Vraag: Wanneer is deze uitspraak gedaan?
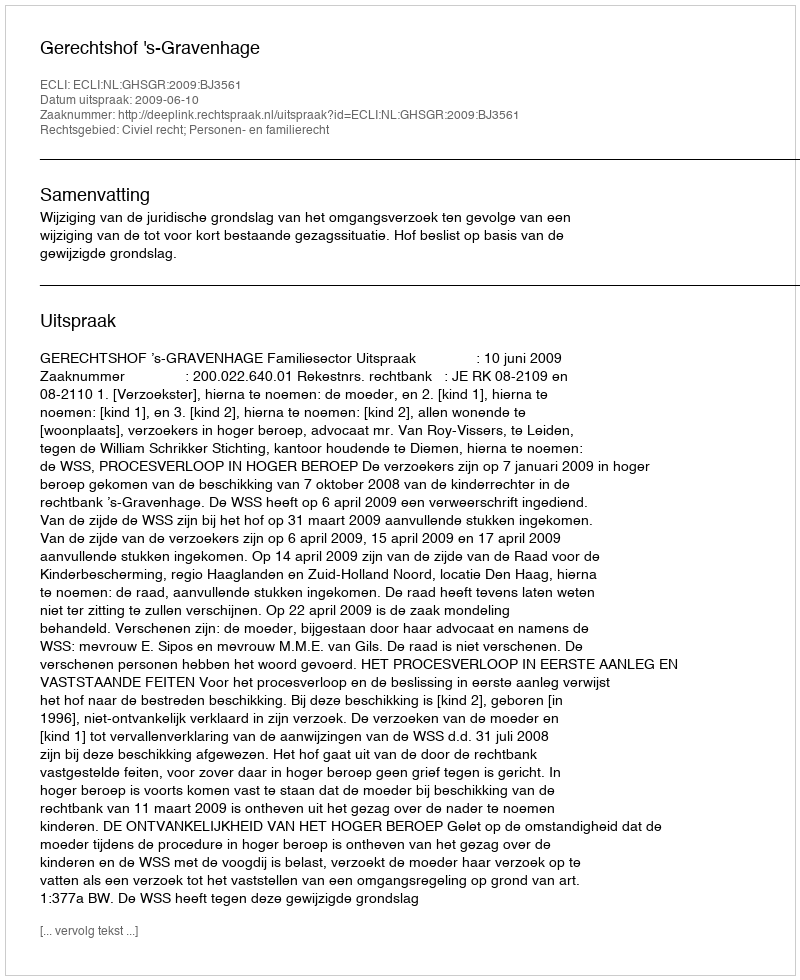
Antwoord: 2009-06-10